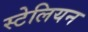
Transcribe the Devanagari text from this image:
स्टेलियन